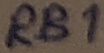
Text: RB1